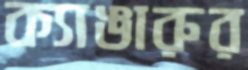
ক্যাঙারুর